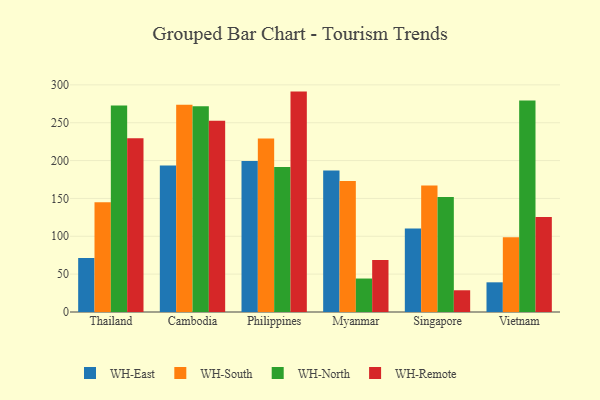
{"axis": {"x": "Country", "y": "Active Users"}, "legend": ["WH-East", "WH-North", "WH-Remote", "WH-South"], "data": [{"x": "Thailand", "y": 71.3, "type": "WH-East"}, {"x": "Thailand", "y": 144.8, "type": "WH-South"}, {"x": "Thailand", "y": 272.7, "type": "WH-North"}, {"x": "Thailand", "y": 229.5, "type": "WH-Remote"}, {"x": "Cambodia", "y": 193.5, "type": "WH-East"}, {"x": "Cambodia", "y": 273.6, "type": "WH-South"}, {"x": "Cambodia", "y": 271.9, "type": "WH-North"}, {"x": "Cambodia", "y": 252.5, "type": "WH-Remote"}, {"x": "Philippines", "y": 199.3, "type": "WH-East"}, {"x": "Philippines", "y": 229.0, "type": "WH-South"}, {"x": "Philippines", "y": 191.5, "type": "WH-North"}, {"x": "Philippines", "y": 291.1, "type": "WH-Remote"}, {"x": "Myanmar", "y": 187.0, "type": "WH-East"}, {"x": "Myanmar", "y": 173.1, "type": "WH-South"}, {"x": "Myanmar", "y": 44.2, "type": "WH-North"}, {"x": "Myanmar", "y": 68.6, "type": "WH-Remote"}, {"x": "Singapore", "y": 110.3, "type": "WH-East"}, {"x": "Singapore", "y": 167.2, "type": "WH-South"}, {"x": "Singapore", "y": 151.8, "type": "WH-North"}, {"x": "Singapore", "y": 28.7, "type": "WH-Remote"}, {"x": "Vietnam", "y": 39.2, "type": "WH-East"}, {"x": "Vietnam", "y": 98.8, "type": "WH-South"}, {"x": "Vietnam", "y": 279.2, "type": "WH-North"}, {"x": "Vietnam", "y": 125.4, "type": "WH-Remote"}]}